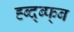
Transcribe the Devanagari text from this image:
ह्ब्द्ब्फ्ब